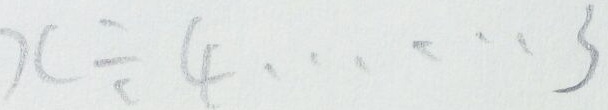
x \div 4 \cdots 3